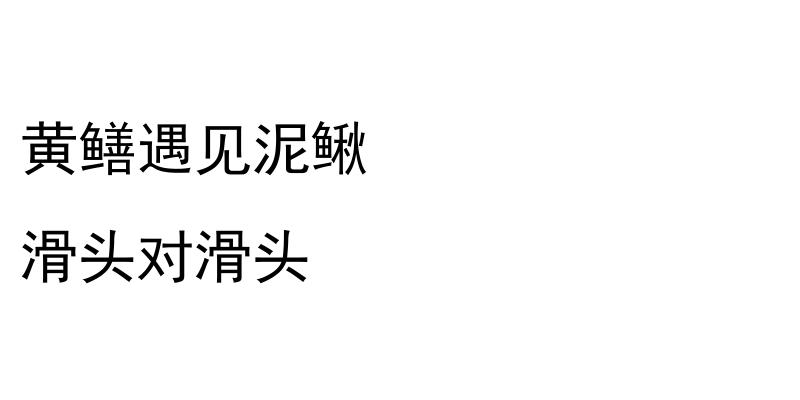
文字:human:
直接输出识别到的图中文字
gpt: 黄鳝遇见泥鳅 滑头对滑头